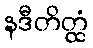
နဒီတိတ္ထံ